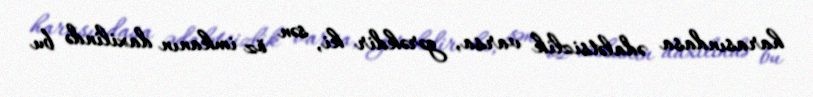
harasındasa ədalətsizlik varsa, gərəkdir ki, sən öz imkanın daxilində bu